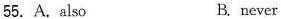
55.A.also B.never